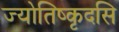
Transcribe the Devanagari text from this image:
ज्योतिष्कृदसि